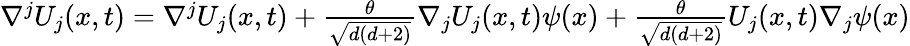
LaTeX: \begin{array}{r}{\nabla^{j}U_{j}(x,t)=\nabla^{j}U_{j}(x,t)+\frac{\theta}{\sqrt{d(d+2)}}\nabla_{j}U_{j}(x,t)\psi(x)+\frac{\theta}{\sqrt{d(d+2)}}U_{j}(x,t)\nabla_{j}\psi(x)}\end{array}